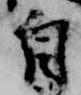
自